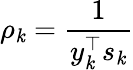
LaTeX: \rho_{\mathit{k}}={\frac{{1}}{{y_{\mathit{k}}^{\top}s_{\mathit{k}}}}}